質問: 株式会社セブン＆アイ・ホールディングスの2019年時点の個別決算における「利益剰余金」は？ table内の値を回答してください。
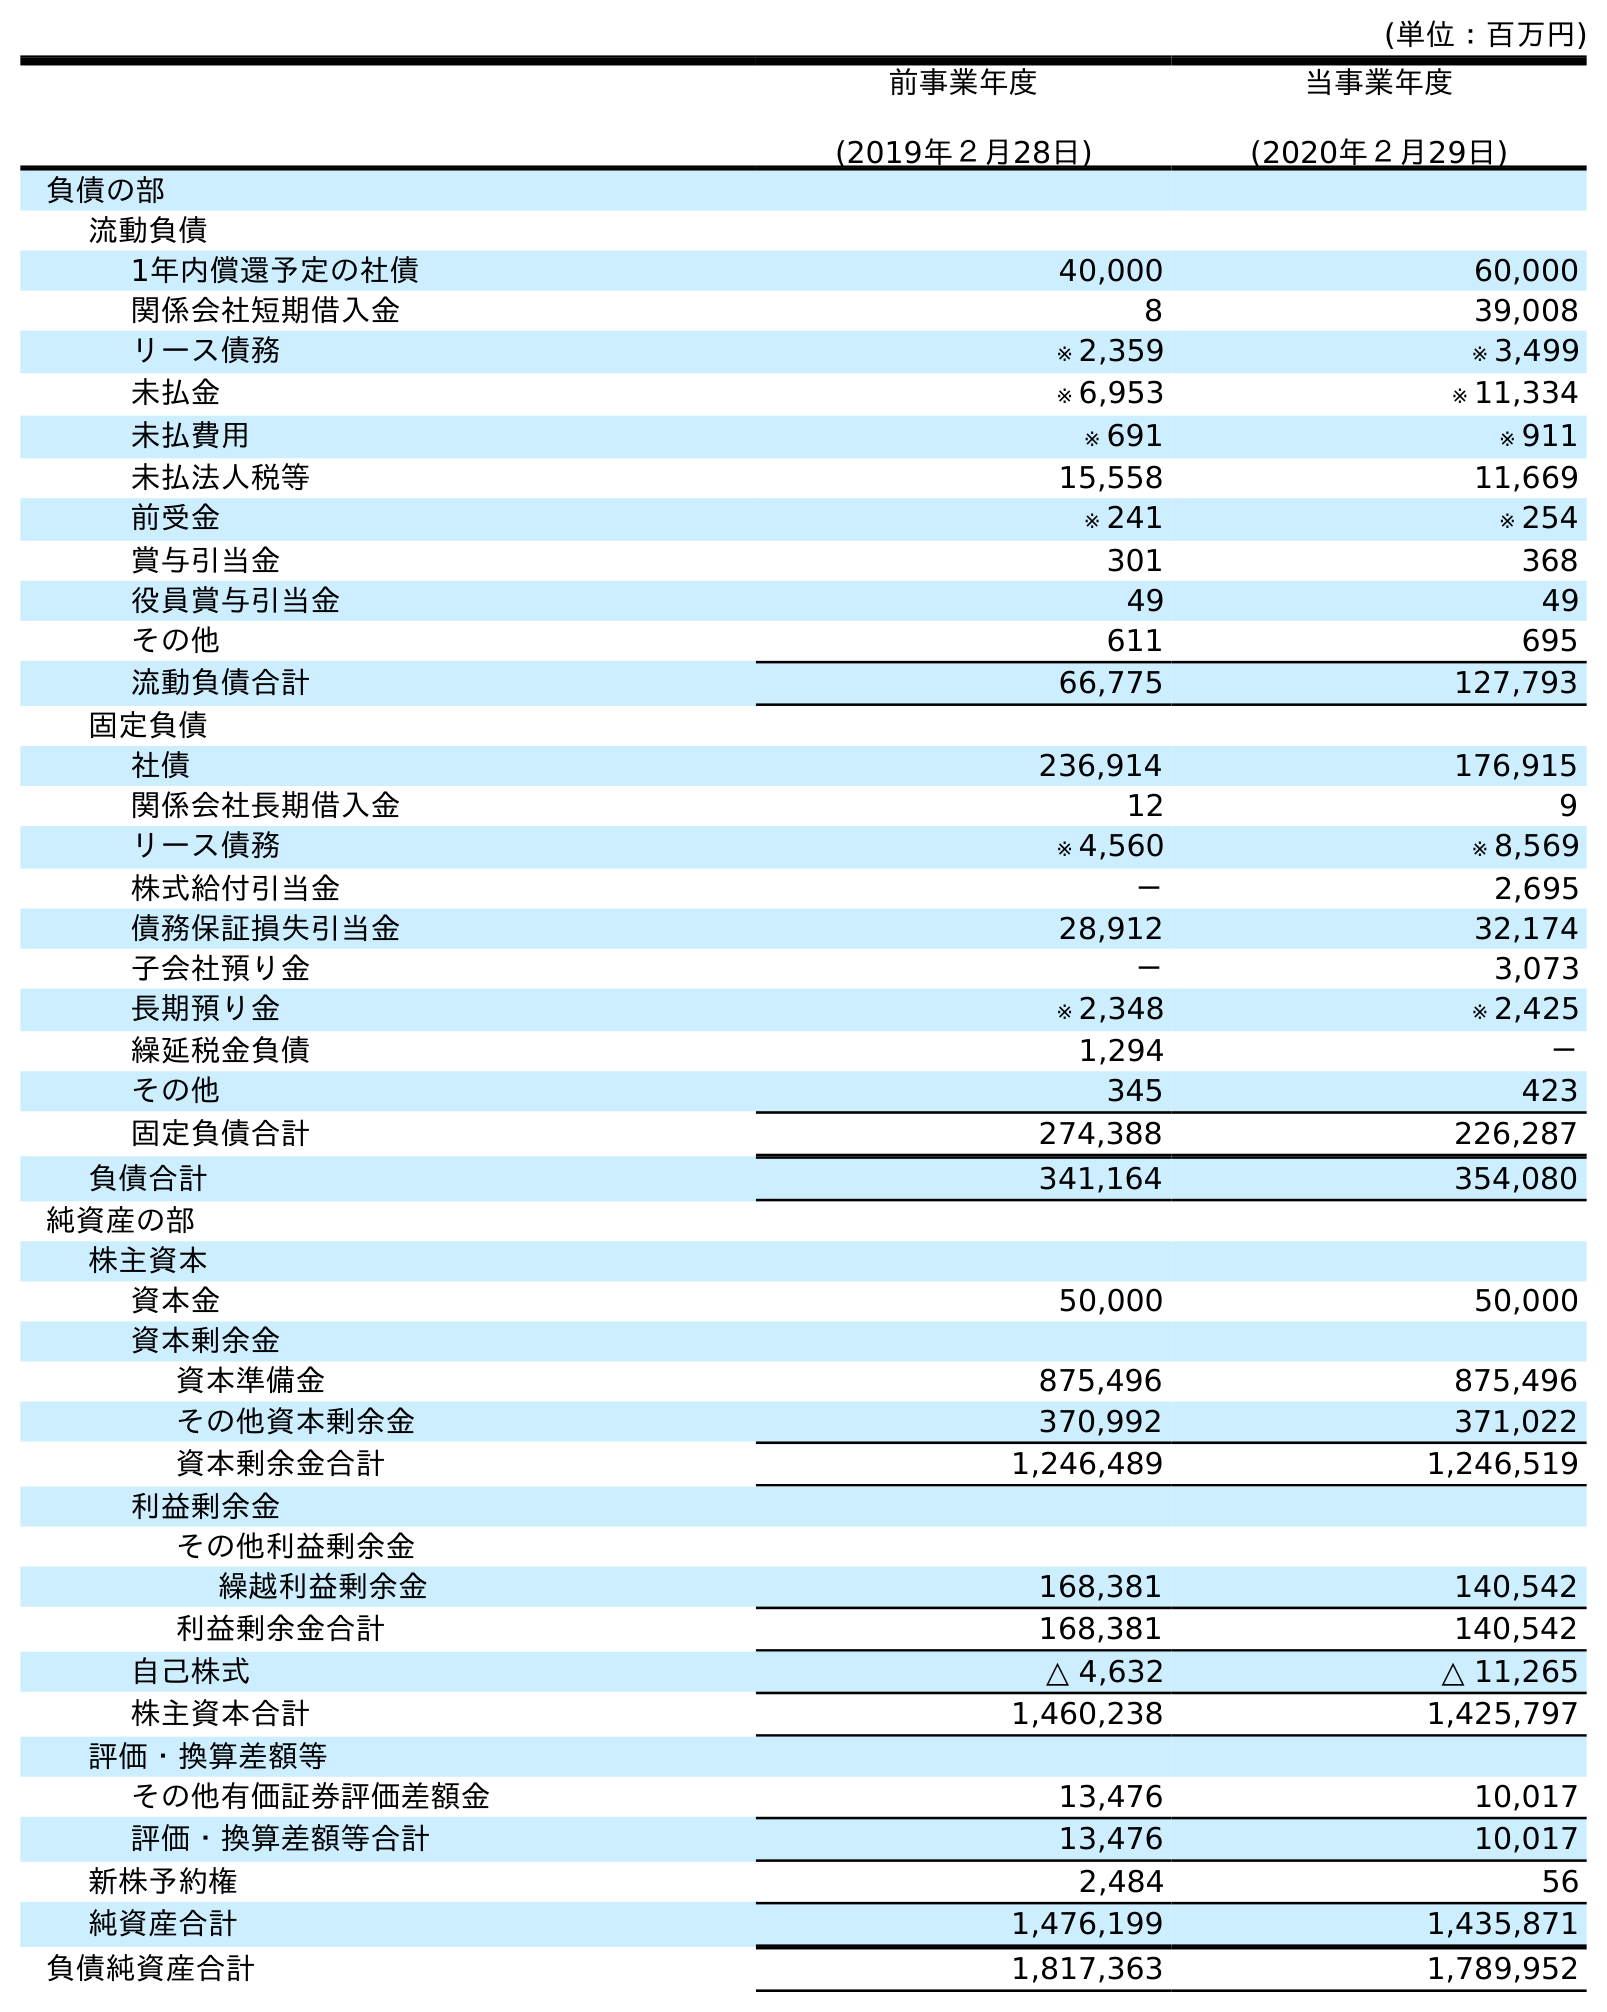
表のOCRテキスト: (単位：百万円) 前事業年度 (2019年２月28日) 当事業年度 (2020年２月29日) 負債の部 流動負債 1年内償還予定の社債 40,000 60,000 関係会社短期借入金 8 39,008 リース債務 ※ 2,359 ※ 3,499 未払金 ※ 6,953 ※ 11,334 未払費用 ※ 691 ※ 911 未払法人税等 15,558 11,669 前受金 ※ 241 ※ 254 賞与引当金 301 368 役員賞与引当金 49 49 その他 611 695 流動負債合計 66,775 127,793 固定負債 社債 236,914 176,915 関係会社長期借入金 12 9 リース債務 ※ 4,560 ※ 8,569 株式給付引当金 － 2,695 債務保証損失引当金 28,912 32,174 子会社預り金 － 3,073 長期預り金 ※ 2,348 ※ 2,425 繰延税金負債 1,294 － その他 345 423 固定負債合計 274,388 226,287 負債合計 341,164 354,080 純資産の部 株主資本 資本金 50,000 50,000 資本剰余金 資本準備金 875,496 875,496 その他資本剰余金 370,992 371,022 資本剰余金合計 1,246,489 1,246,519 利益剰余金 その他利益剰余金 繰越利益剰余金 168,381 140,542 利益剰余金合計 168,381 140,542 自己株式 △ 4,632 △ 11,265 株主資本合計 1,460,238 1,425,797 評価・換算差額等 その他有価証券評価差額金 13,476 10,017 評価・換算差額等合計 13,476 10,017 新株予約権 2,484 56 純資産合計 1,476,199 1,435,871 負債純資産合計 1,817,363 1,789,952
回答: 168,381